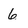
Character: 6